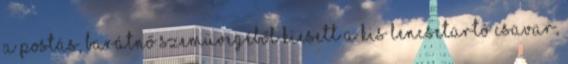
a postás, barátnő szemüvegéből kiesett a kis lencsetartó csavar,